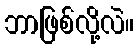
ဘာဖြစ်လို့လဲ။